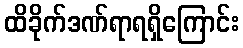
ထိခိုက်ဒဏ်ရာရရှိကြောင်း